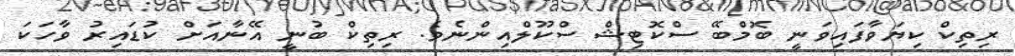
ރިތިކް ކިޔަވާފައިވަނީ ބޮމްބޭ ސްކޮޓިޝް ސްކޫލްއިންނެވެ. ރިތިކް ބުނީ އޭނާއަށް ކުޑައިރު ވާހަކަ